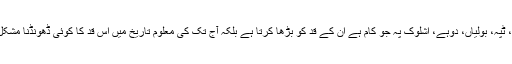
ختم ہوتی ہوئی اصناف ماہیا، ٹپہ، بولیاں، دوہے، اشلوک پہ جو کام ہے ان کے قد کو بڑھا کرتا ہے بلکہ آج تک کی معلوم تاریخ میں اس قد کا کوئی ڈھونڈنا مشکل ہی نہیں بلکہ ناممکن ہے ۔